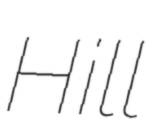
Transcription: Hill